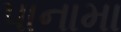
પાનામા